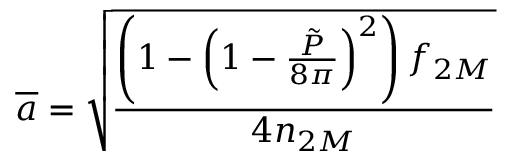
\overline { { { a } } } = \sqrt { \frac { \left( 1 - \left( 1 - \frac { \tilde { P } } { 8 \pi } \right) ^ { 2 } \right) f _ { 2 M } } { 4 n _ { 2 M } } }